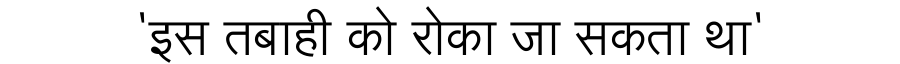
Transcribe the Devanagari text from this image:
'इस तबाही को रोका जा सकता था'